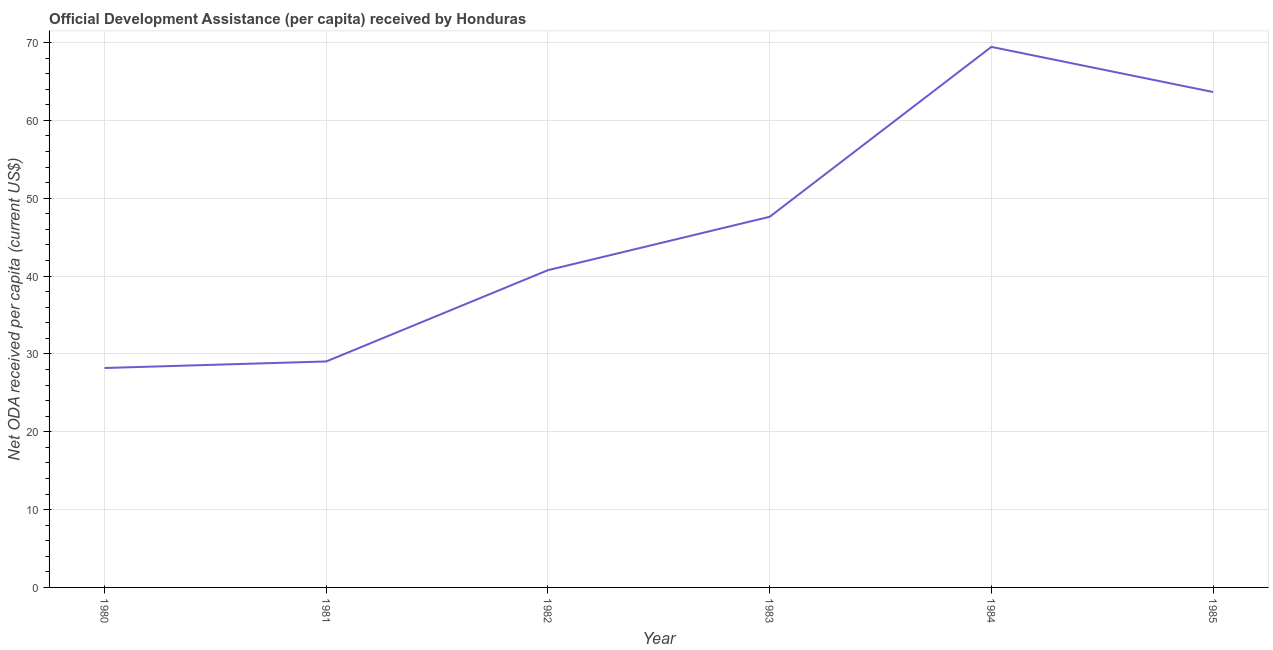
| Year | Net ODA received per capita |
 | --- | --- |
 | 1980 | 28.2 |
 | 1981 | 29 |
 | 1982 | 40.8 |
 | 1983 | 47.6 |
 | 1984 | 69.4 |
 | 1985 | 63.6 |